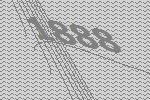
1888